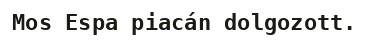
Mos Espa piacán dolgozott.